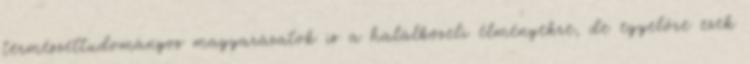
természettudományos magyarázatok is a halálközeli élményekre, de egyelőre ezek